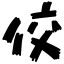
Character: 佼